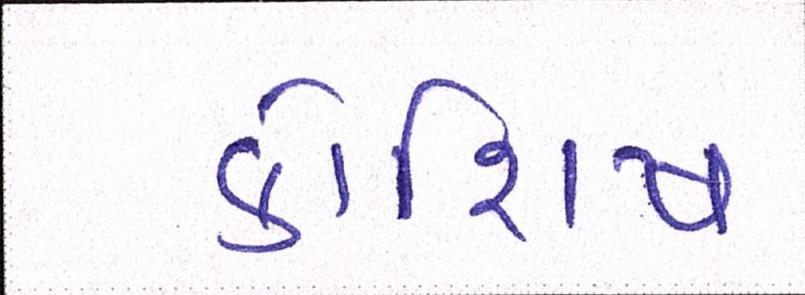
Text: કોશિષ